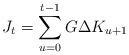
LaTeX: \begin{align*} J_t=\sum_{u=0}^{t-1} G \Delta K_{u+1}\end{align*}